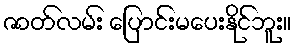
ဇာတ်လမ်း ပြောင်းမပေးနိုင်ဘူး။